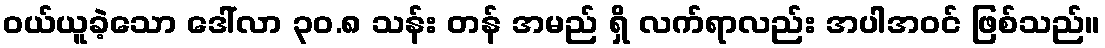
ဝယ်ယူခဲ့သော ဒေါ်လာ ၃၀.၈ သန်း တန် အမည် ရှိ လက်ရာလည်း အပါအဝင် ဖြစ်သည်။